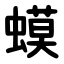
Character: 蟆